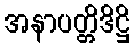
အနာပတ္တိဒိဋ္ဌိ